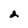
Character: 2